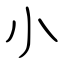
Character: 小